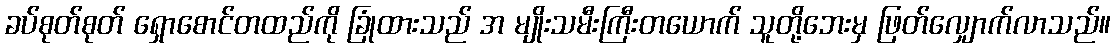
ခပ်စုတ်စုတ် ရှောစောင်တထည်ကို ခြုံထားသည် အ မျိုးသမီးကြီးတယောက် သူတို့ဘေးမှ ဖြတ်လျှောက်လာသည်။